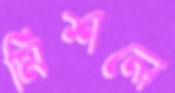
মিশলে